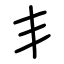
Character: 丯